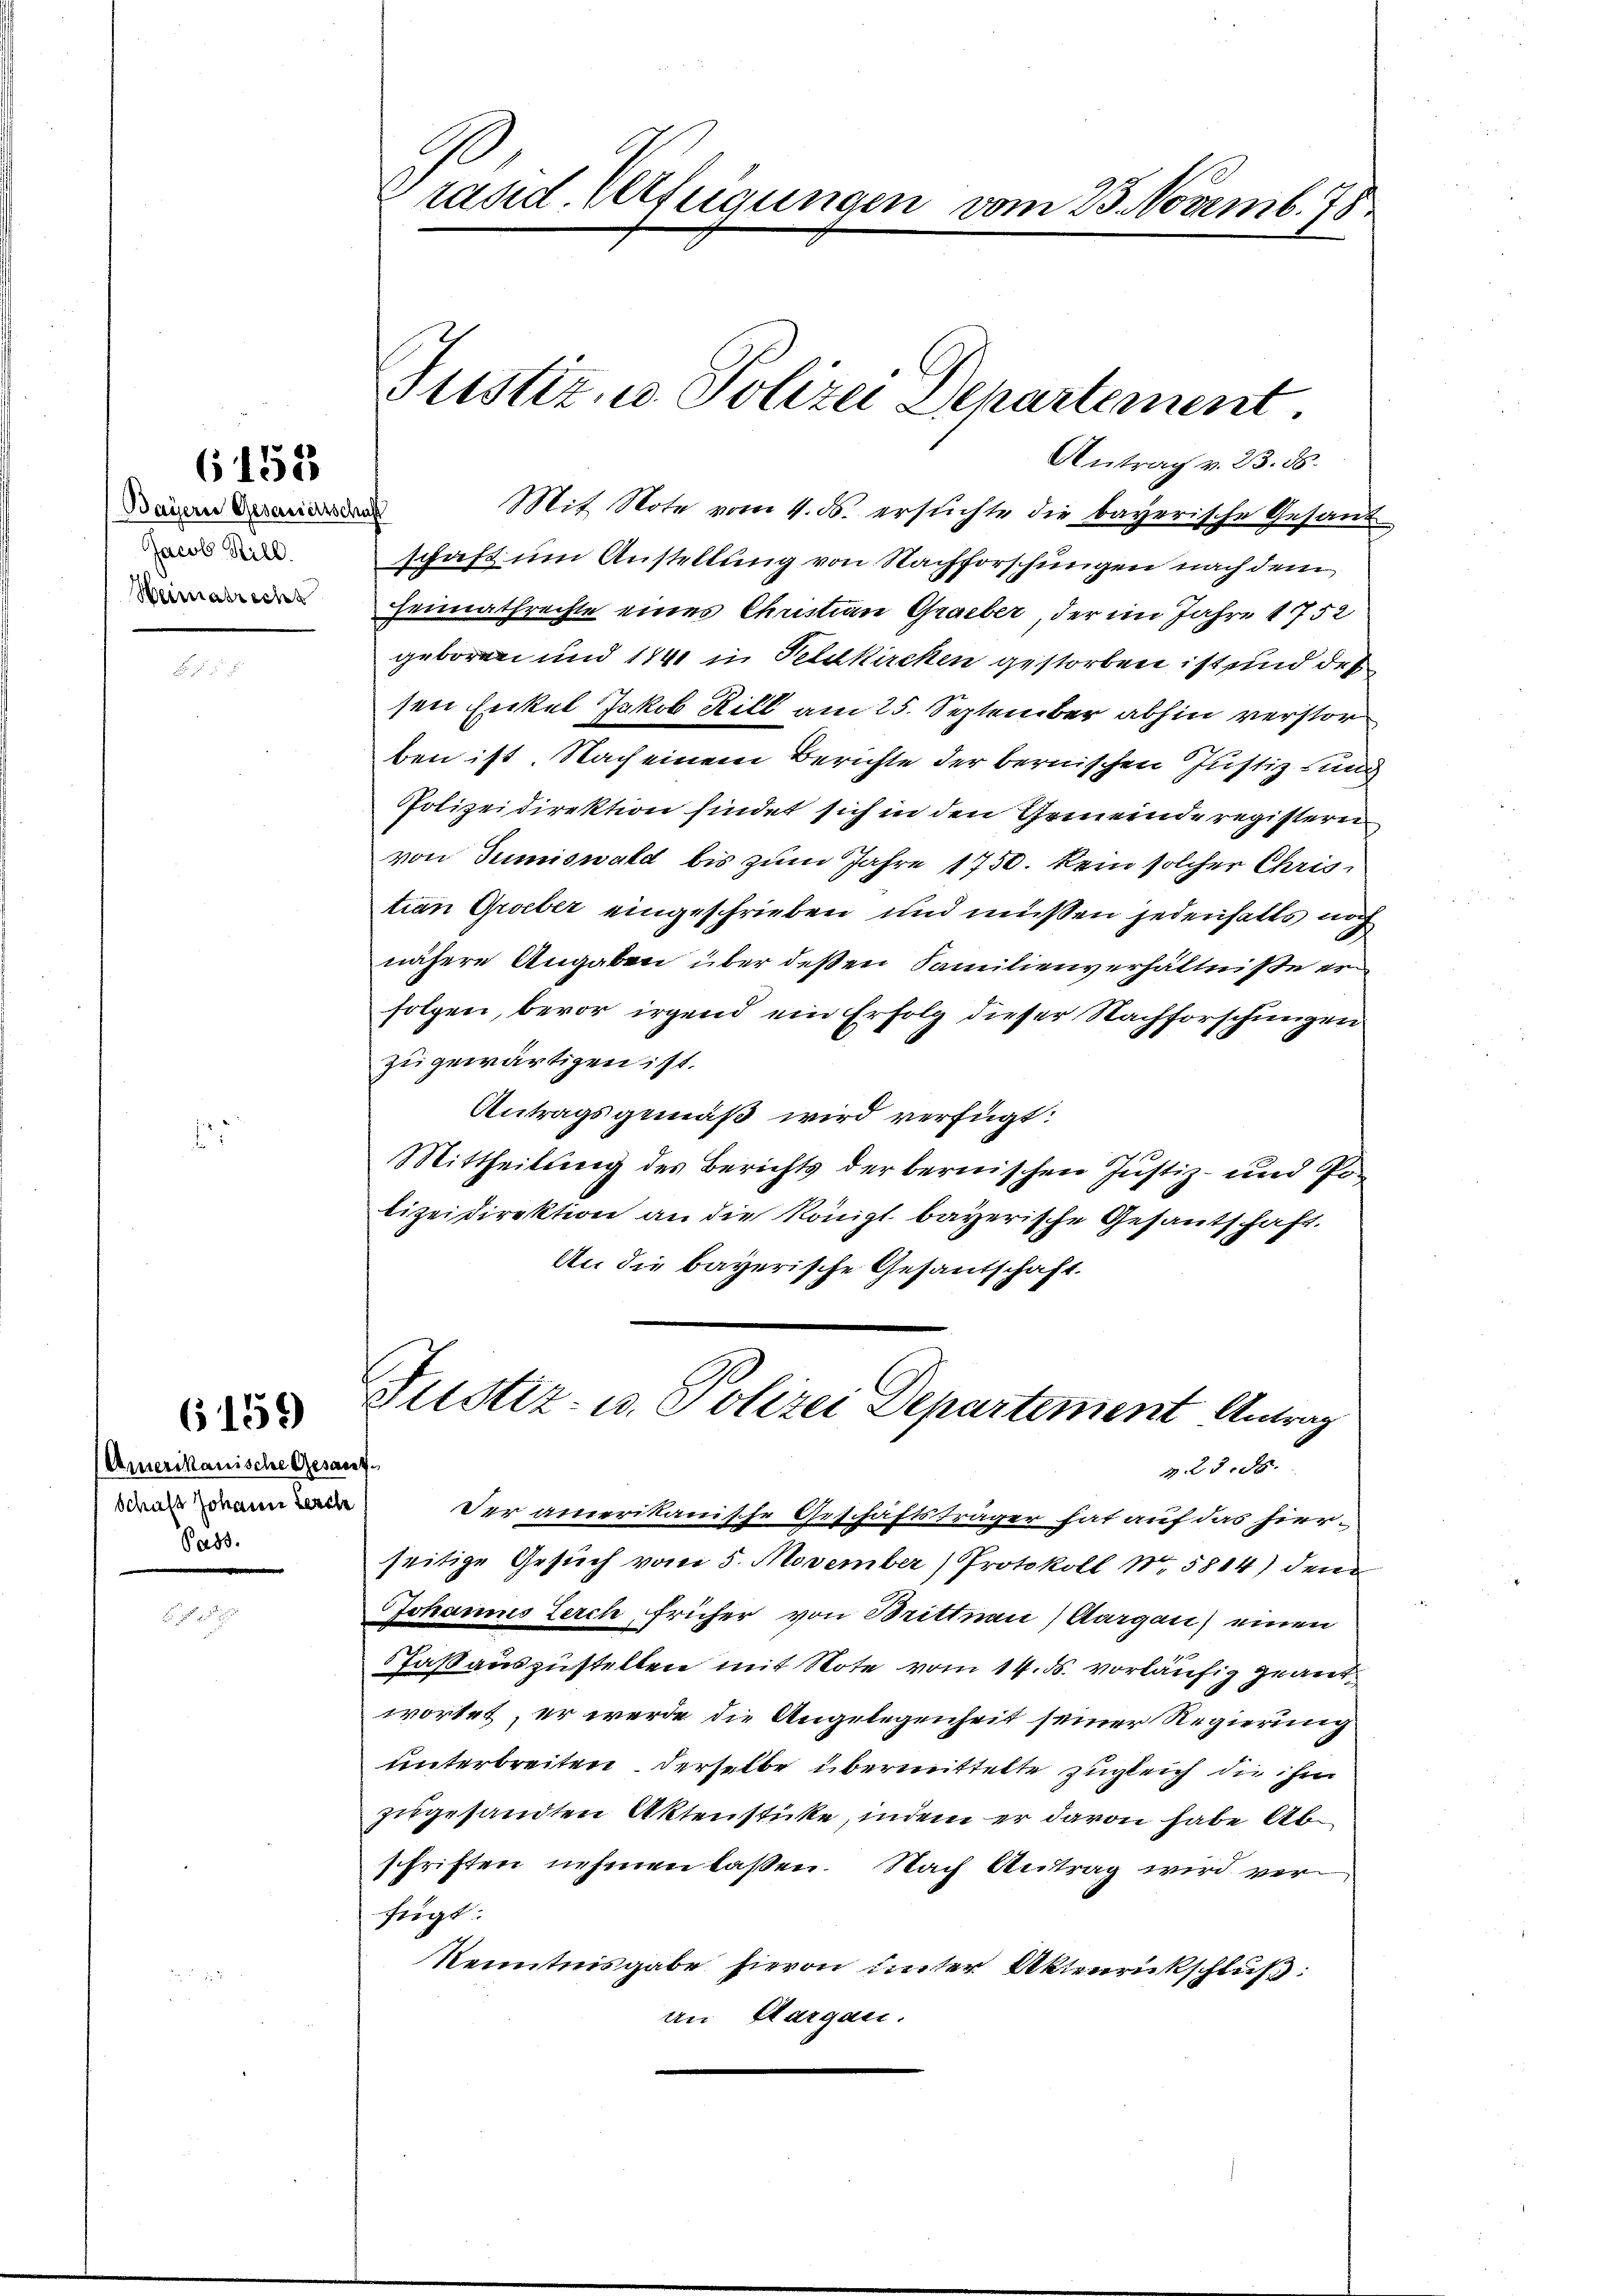
6158

Bayern Gesandtschaft
Jacob Still.
Heimatrecht

6159)

Amerikanische Gesan
Schulz Johann Lerche
Pass.

räsid. Verfügungen vom 25. Novemb. 78

Justiz- u. Polizei Departement.

Antrag v. 23. 56.
Mit Note vom 4. ds. ersuchte die bayerische Gesant
schaft um Anstellung von Nachforschungen nach dem
Heimathrechte eines Christian Grauber, der im Jahre 1752
geboren und 1840 in Feldkirchen gestorben ist und des
sen Enkel Jakob Rill am 25. September abhin verstor
ben ist. Nach einem Berichte der bernischen Justiz und
Polizeidirektion findet sich in den Gemeinde registern
von Tumiswald bis zum Jahre 1750. kein solcher Christian Greber eingeschrieben und müssen jedensatts noch
nähere Angaben über deßen Familienverhältniße erfolgen, bevor irgend ein Erfolg dieser Nachforschungen
zugewärtigen ist.
Antragsgemäß wird verfügt:
Mittheilung des Berichts der bernischen Justiz- und Polizeidirektion an die Königl. bayerische Gesantschaft.
An die bayerische Gesandschaft.
f
Justiz- u. Polizei Departement Antrag
Z. 2388.
Der amerikanische Geschäftsträger hat auf das hierseitige Gesuch vom 5. November (Protokoll No 5814) den
Johannes Lerch früher von Brittnau, Aargau) einen
Jaß auszustellen mit Note vom 14. ds. vorläufig geantwortet, er werde die Angelegenheit seiner Regierung
unterbreiten derselbe übermittelte zugleich die ihm
zugesandten Aktenstücke, indem er davon habe Abschriften nehmen laßen. Nach Antrag wird verfügt:
Kenntnisgabe hievon unter Aktenrückschluß:
an Aargau.